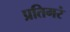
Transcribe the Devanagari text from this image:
प्रतिगरं